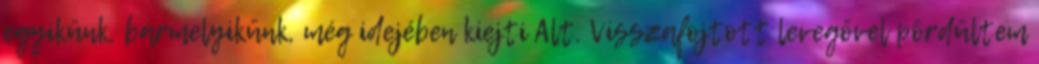
egyikünk, bármelyikünk, még idejében kiejti Alt. Visszafojtott levegővel pördültem